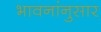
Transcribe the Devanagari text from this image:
भावनांनुसार